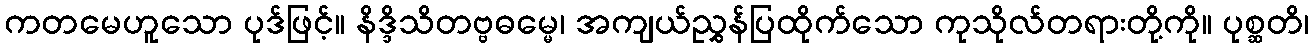
ကတမေဟူသော ပုဒ်ဖြင့်။ နိဒ္ဒိသိတဗ္ဗဓမ္မေ၊ အကျယ်ညွှန်ပြထိုက်သော ကုသိုလ်တရားတို့ကို။ ပုစ္ဆတိ၊